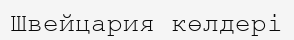
Швейцария көлдері